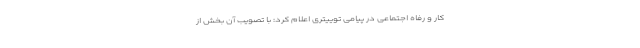
کار و رفاه اجتماعی در پیامی توییتری اعلام کرد: با تصویب آن بخش از